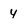
Character: 4